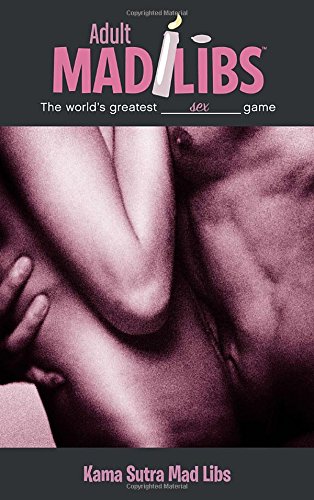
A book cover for Kama Sutra Mad Libs (Adult Mad Libs); Laura Marchesani; Humor & Entertainment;